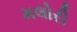
મલોરી